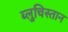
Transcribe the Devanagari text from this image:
ब्लुचिस्तान